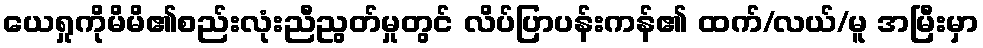
ယေရှုကိုမိမိ၏စည်းလုံးညီညွတ်မှုတွင် လိပ်ပြာပန်းကန်၏ ထက်/လယ်/မူ အမြီးမှာ